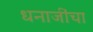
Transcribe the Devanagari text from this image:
धनाजींचा